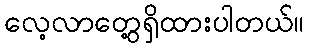
လေ့လာတွေ့ရှိထားပါတယ်။